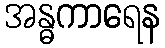
အန္ဓကာရေန